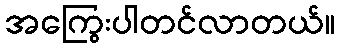
အကြွေးပါတင်လာတယ်။